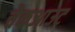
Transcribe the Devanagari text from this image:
चेकआउट